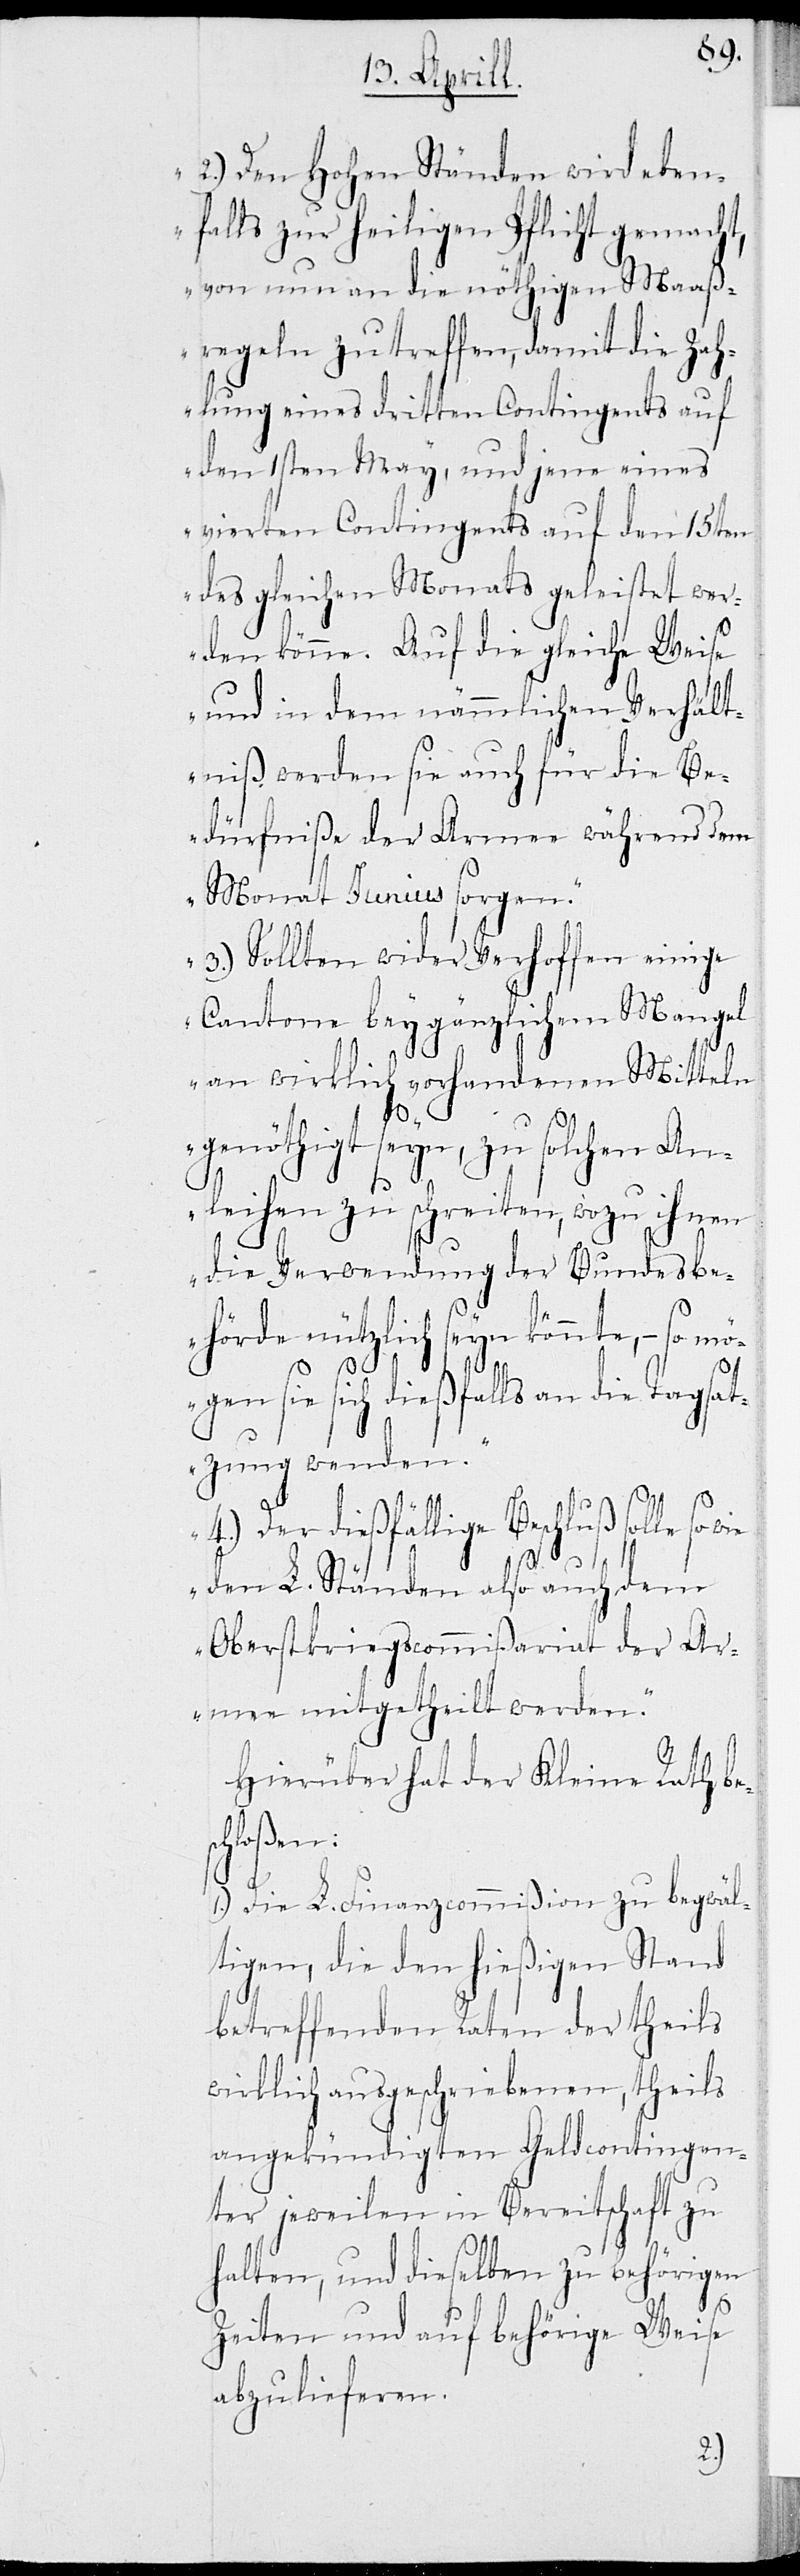
2.) Den Hohen Ständen wird eben¬
falls zur heiligen Pflicht gemacht,
von nun an die nöthigen Maß¬
regeln zu treffen, damit die Zah¬
lung eines dritten Contingents auf
den 1sten May, und jene eines
vierten Contingents auf den 15ten
des gleichen Monats geleistet wer¬
den könne. Auf die gleiche Weise
und in dem nämmlichen Verhält¬
niß werden sie auch für die Be¬
dürfniße der Armee während dem
Monat Junius sorgen.
3.) Sollten wider Verhoffen einige
Cantone bey gänzlichem Mangel
an wirklich vorhandenen Mitteln
genöthigt seyn, zu solchen An¬
leihen zu schreiten, wozu ihnen
die Verordnung der Bundesbe¬
hörde nützlich seyn könnte, – so
mögen sie sich dießfalls an die Tagsat¬
zung wenden.
4.) Der dießfällige Beschluß sollte so
den L. Ständen also auch dem
Oberstkriegscommißariat der Ar¬
mee mitgetheilt werden.“
Hierüber hat der Kleine Rath be¬
schloßen:
1.) Die L. Finanzcommißion zu begwäl¬
tigen, die den hießigen Stand
betreffenden Raten der theils
wirklich ausgeschriebenen, theils
angekündigten Geldcontingen¬
ter jeweilen in Bereitschaft zu
halten, und dieselben zu behörigen
Zeiten und auf behörige Weise
abzulieferen.